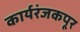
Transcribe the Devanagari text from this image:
कार्यरंजकपूर